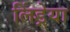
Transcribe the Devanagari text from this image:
लिंड्रेया